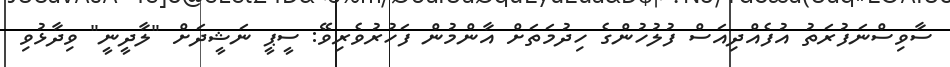
ސާވިސްނަފުރަތު އުފެއްދިއަސް ފުލުހުންގެ ހިދުމަތަށް އާންމުން ފަހުރުވެރިވޭ: ސީޕީ ނަޝީދަށް "ލާދީނީ" ވިދާޅުވި